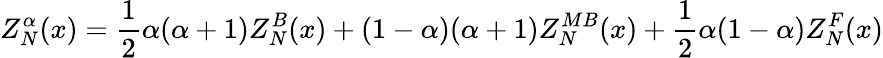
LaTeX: Z_{N}^{\alpha}(x)=\frac{1}{2}\alpha(\alpha+1)Z_{N}^{B}(x)+(1-\alpha)(\alpha+1)Z_{N}^{MB}(x)+\frac{1}{2}\alpha(1-\alpha)Z_{N}^{F}(x)